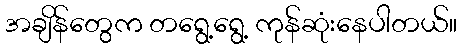
အချိန်တွေက တရွေ့ရွေ့ ကုန်ဆုံးနေပါတယ်။